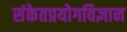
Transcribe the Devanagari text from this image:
संकेतप्रयोगविज्ञान